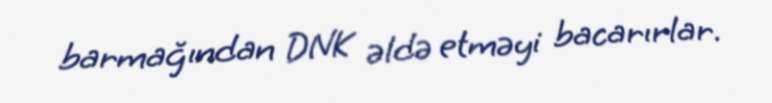
barmağından DNK əldə etməyi bacarırlar.